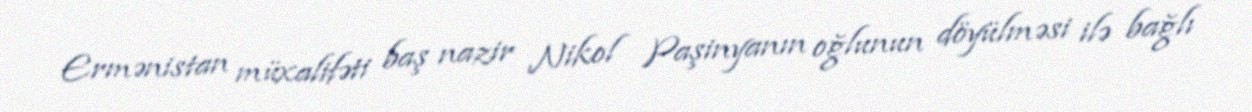
Ermənistan müxalifəti baş nazir Nikol Paşinyanın oğlunun döyülməsi ilə bağlı